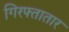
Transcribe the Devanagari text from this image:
गिरफ्तातार